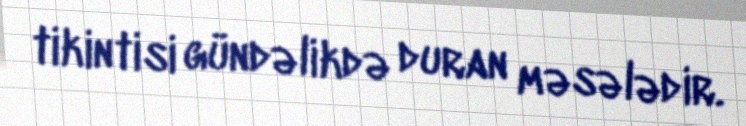
tikintisi gündəlikdə duran məsələdir.